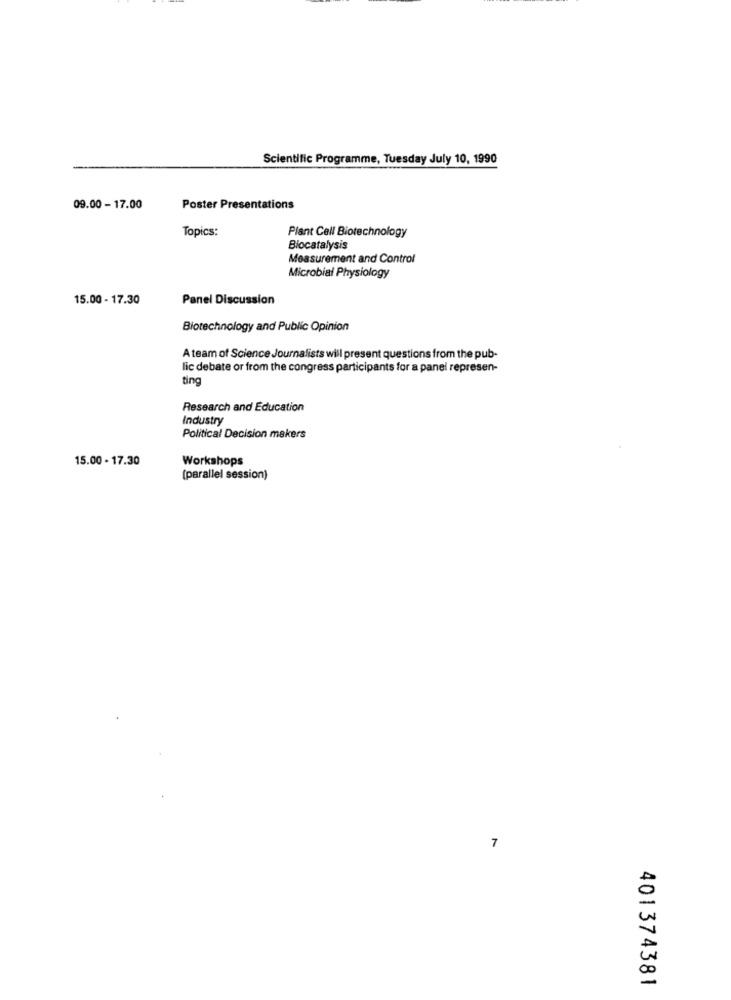
Scientific Programme, Tuesday July 10, 1990
09.00 - 17.00
Poster Presentations
Topics:
Plant Cell Biotechnology
Blocatalysis
Measurement and Control
Microbial Physiology
15.00 - 17.30
Panel Discussion
Biotechnology and Public Opinion
A team of Science Journalists will present questions from the pub-
lic debate or from the congress participants for a panel represen-
ting
Research and Education
Industry
Political Decision makers
15.00 - 17.30
Workshops
(parallel session)
7
401374381